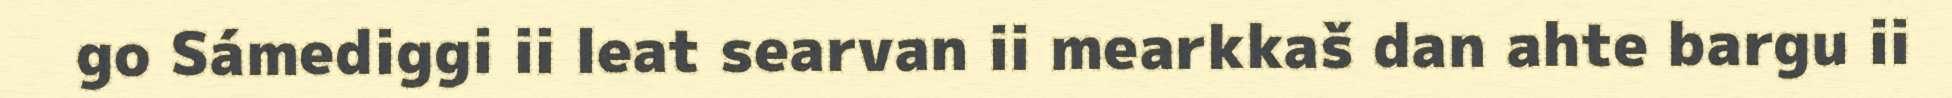
go Sámediggi ii leat searvan ii mearkkaš dan ahte bargu ii